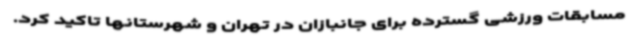
مسابقات ورزشی گسترده برای جانبازان در تهران و شهرستانها تاکید کرد.